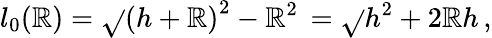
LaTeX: l_{0}(\mathbb{R})=\sqrt{}{{\left(h+\mathbb{R}\right)^{2}-\mathbb{R}^{2}}}\, =\sqrt{}{{h^{2}+2\mathbb{R}h}}\, ,